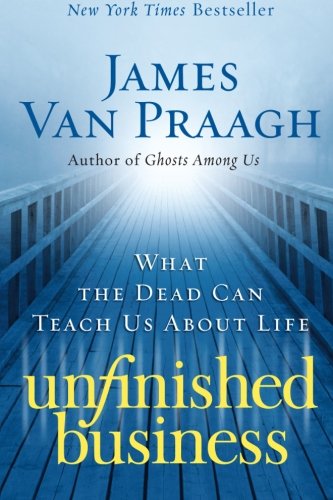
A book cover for Unfinished Business: What the Dead Can Teach Us about Life; James Van Praagh; Religion & Spirituality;